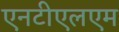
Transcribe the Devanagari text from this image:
एनटीएलएम